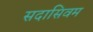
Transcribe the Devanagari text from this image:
सदासिवम